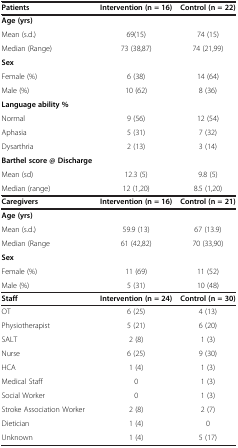
<table><thead><tr><td><b>Patients</b></td><td><b>Intervention(n=16)</b></td><td><b>Control(n=22)</b></td></tr></thead><tbody><tr><td><b>Age</b><b>(yrs)</b></td><td> </td><td> </td></tr><tr><td>Mean (s.d.)</td><td>69(15)</td><td>74 (15)</td></tr><tr><td>Median (Range)</td><td>73 (38,87)</td><td>74 (21,99)</td></tr><tr><td><b>Sex</b></td><td> </td><td> </td></tr><tr><td>Female (%)</td><td>6 (38)</td><td>14 (64)</td></tr><tr><td>Male (%)</td><td>10 (62)</td><td>8 (36)</td></tr><tr><td><b>Language ability %</b></td><td> </td><td> </td></tr><tr><td>Normal</td><td>9 (56)</td><td>12 (54)</td></tr><tr><td>Aphasia</td><td>5 (31)</td><td>7 (32)</td></tr><tr><td>Dysarthria</td><td>2 (13)</td><td>3 (14)</td></tr><tr><td><b>Barthel score @ </b><b>Discharge</b></td><td> </td><td> </td></tr><tr><td>Mean (sd)</td><td>12.3 (5)</td><td>9.8 (5)</td></tr><tr><td>Median (range)</td><td>12 (1,20)</td><td>8.5 (1,20)</td></tr><tr><td><b>Caregivers</b></td><td><b>Intervention</b><b>(n</b><b>=</b><b>16)</b></td><td><b>Control</b><b>(n</b><b>=</b><b>21)</b></td></tr><tr><td><b>Age (yrs)</b></td><td> </td><td> </td></tr><tr><td>Mean (s.d.)</td><td>59.9 (13)</td><td>67 (13.9)</td></tr><tr><td>Median (Range</td><td>61 (42,82)</td><td>70 (33,90)</td></tr><tr><td><b>Sex</b></td><td> </td><td> </td></tr><tr><td>Female (%)</td><td>11 (69)</td><td>11 (52)</td></tr><tr><td>Male (%)</td><td>5 (31)</td><td>10 (48)</td></tr><tr><td><b>Staff</b></td><td><b>Intervention</b><b>(n</b><b>=</b><b>24)</b></td><td><b>Control</b><b>(n</b><b>=</b><b>30)</b></td></tr><tr><td>OT</td><td>6 (25)</td><td>4 (13)</td></tr><tr><td>Physiotherapist</td><td>5 (21)</td><td>6 (20)</td></tr><tr><td>SALT</td><td>2 (8)</td><td>1 (3)</td></tr><tr><td>Nurse</td><td>6 (25)</td><td>9 (30)</td></tr><tr><td>HCA</td><td>1 (4)</td><td>1 (3)</td></tr><tr><td>Medical Staff</td><td>0</td><td>1 (3)</td></tr><tr><td>Social Worker</td><td>0</td><td>1 (3)</td></tr><tr><td>Stroke Association Worker</td><td>2 (8)</td><td>2 (7)</td></tr><tr><td>Dietician</td><td>1 (4)</td><td>0</td></tr><tr><td>Unknown</td><td>1 (4)</td><td>5 (17)</td></tr></tbody></table>